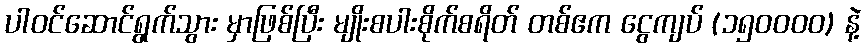
ပါဝင်ဆောင်ရွက်သွား မှာဖြစ်ပြီး မျိုးစပါးစိုက်စရိတ် တစ်ဧက ငွေကျပ် (၁၅၀၀၀၀) နဲ့